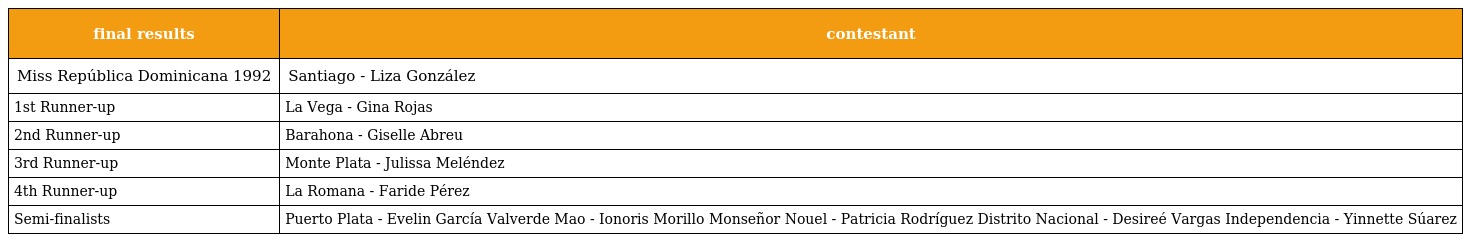
| final results | contestant |
 | --- | --- |
 | Miss República Dominicana 1992 | Santiago - Liza González |
 | 1st Runner-up | La Vega - Gina Rojas |
 | 2nd Runner-up | Barahona - Giselle Abreu |
 | 3rd Runner-up | Monte Plata - Julissa Meléndez |
 | 4th Runner-up | La Romana - Faride Pérez |
 | Semi-finalists | Puerto Plata - Evelin García Valverde Mao - Ionoris Morillo Monseñor Nouel - Patricia Rodríguez Distrito Nacional - Desireé Vargas Independencia - Yinnette Súarez |